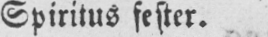
Spiritus fester.